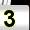
Digit: 3